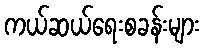
ကယ်ဆယ်ရေးစခန်းများ